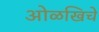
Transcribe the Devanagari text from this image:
ओळखिचे